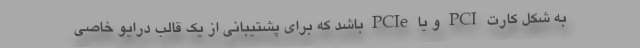
به شکل کارت PCI و یا PCIe باشد که برای پشتیبانی از یک قالب درایو خاصی